65_HS1-834228961_62-HQ-83894_Section_10
Agency: FBI
Page 123
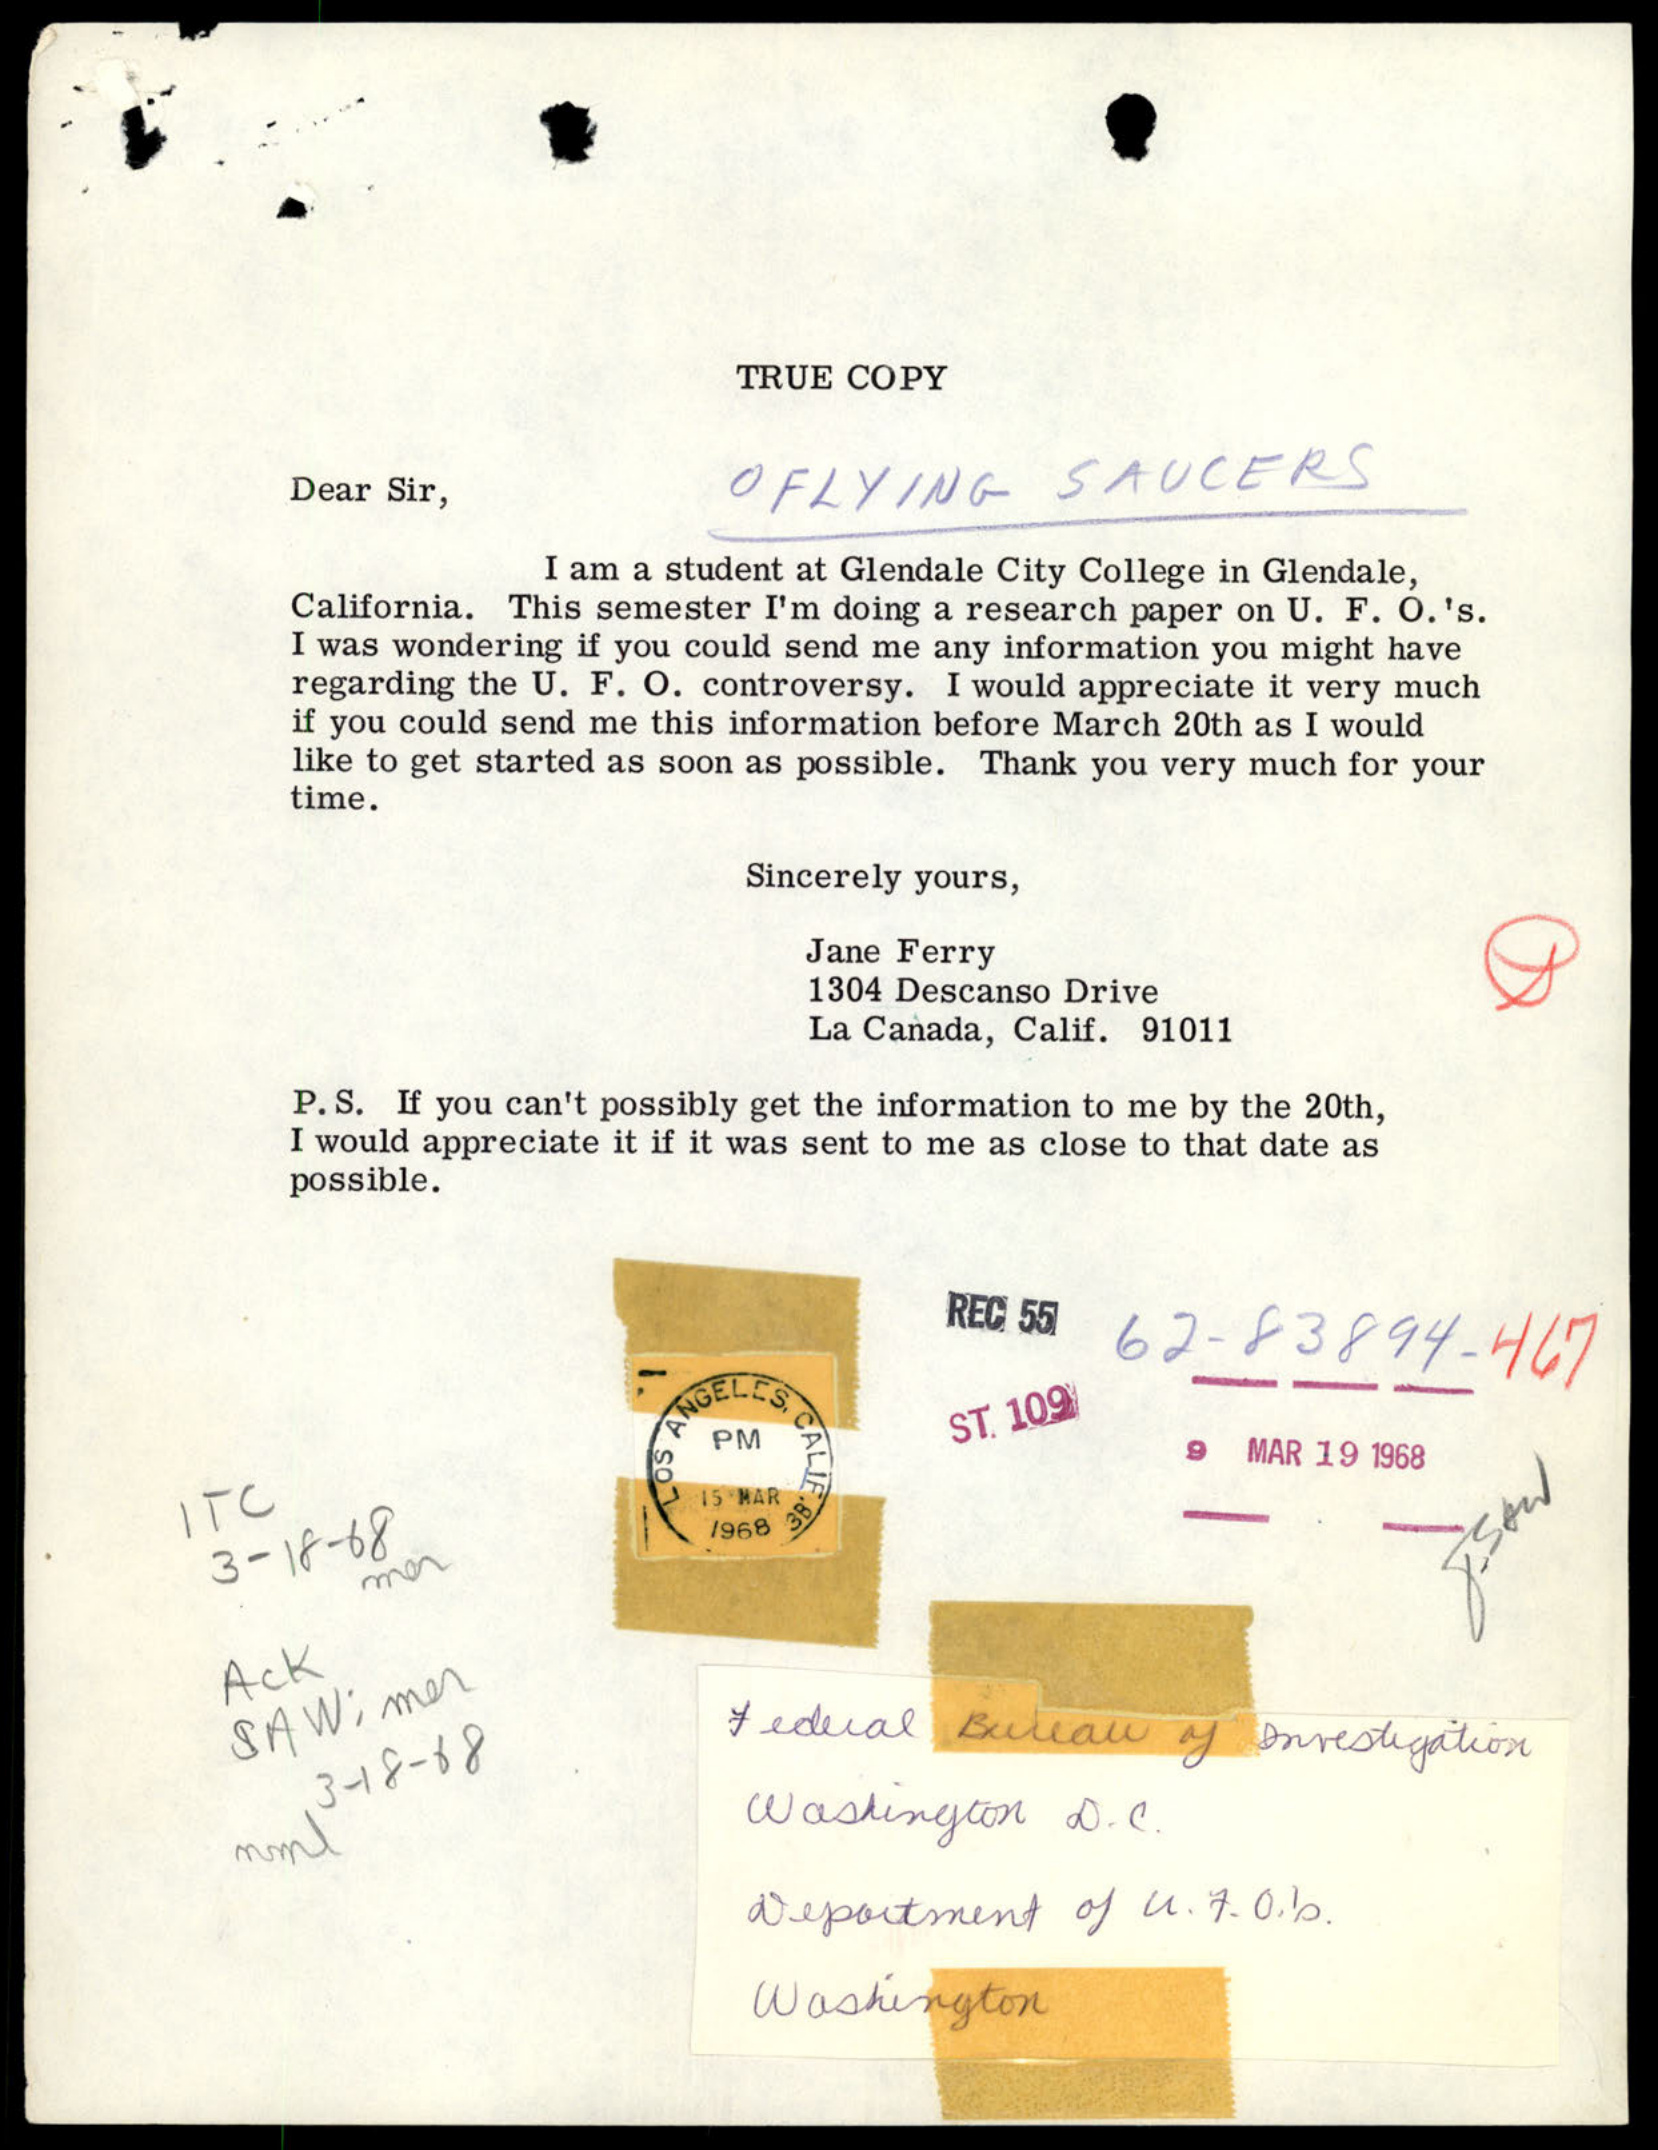